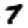
Digit: 7